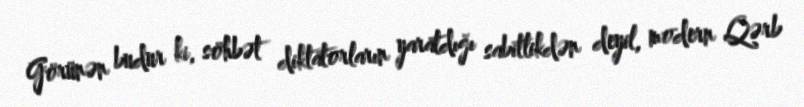
Görünən budur ki, söhbət diktatorların yaratdığı sabitlikdən deyil, modern Qərb